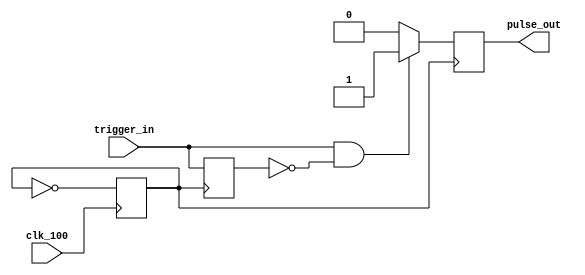
module oneshot
	(
	 input clk_100,
	 input trigger_in,
	 output reg pulse_out
	);
	
	reg delay;
	reg clk; // 50 Mhz internal clock

	// divide-by-two 100MHz to 50MHz
	always @(posedge clk_100)
	    clk <= ~clk;

	always @ (posedge clk)
	begin
	    if (trigger_in && !delay) pulse_out <= 1'b1;
	    else pulse_out <= 1'b0;
	    delay <= trigger_in;
	end 
endmodule